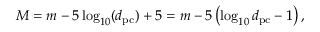
M = m - 5 \log _ { 1 0 } ( d _ { \mathrm { p c } } ) + 5 = m - 5 \left( \log _ { 1 0 } d _ { \mathrm { p c } } - 1 \right) ,